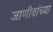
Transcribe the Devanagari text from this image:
जाणीवांच्या